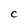
Character: C